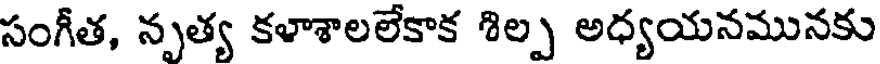
సంగీత, నృత్య కళాశాలలేకాక శిల్ప అధ్యయనమునకు